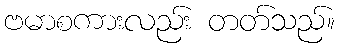
ဗမာစကားလည်း တတ်သည်။